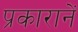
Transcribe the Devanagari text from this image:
प्रकारानें